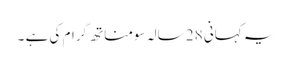
یہ کہانی 28 سالہ سومناتھ گرام کی ہے ۔